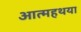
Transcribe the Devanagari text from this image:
आत्महथया